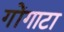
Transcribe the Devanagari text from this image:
गोंगाटा